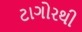
ટાગોરથી